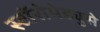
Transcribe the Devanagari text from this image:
स्टॉरोमेड्युसे